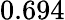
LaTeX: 0.694